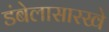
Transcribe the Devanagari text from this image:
डंबेलासारखे